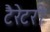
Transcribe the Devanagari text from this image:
टैरेटरी